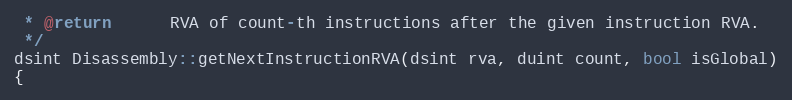
Language: C++
 * @return      RVA of count-th instructions after the given instruction RVA.
 */
dsint Disassembly::getNextInstructionRVA(dsint rva, duint count, bool isGlobal)
{